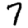
Digit: 7